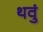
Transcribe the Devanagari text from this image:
थवुं